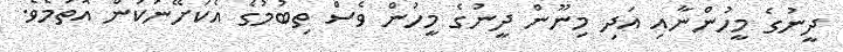
ދީނުގެ މީހުންނާއި އަދި މިނޫން ދީނުގެ މީހުން ވެސް ތިބުމުގެ އެކަށޭނަކަން އޮތުމެވެ.